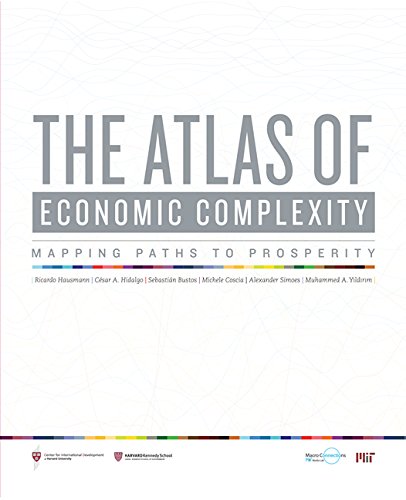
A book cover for The Atlas of Economic Complexity: Mapping Paths to Prosperity; Ricardo Hausmann; Business & Money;